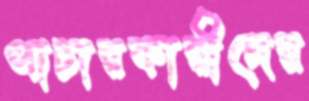
পাচারকারীদের